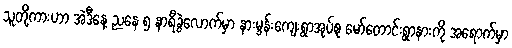
သူတို့ကားဟာ အဲဒီနေ့ ညနေ ၅ နာရီခွဲလောက်မှာ နားမွန်းကျေးရွာအုပ်စု မော်တောင်းရွာနားကို အရောက်မှာ